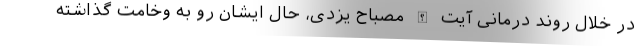
در خلال روند درمانی آیت الله مصباح یزدی، حال ایشان رو به وخامت گذاشته